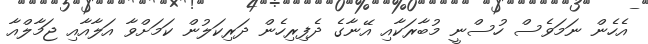
އެހެން ނަމަވެސް ހުސްނީ މުބާރަކާއި އޭނާގެ ދެފިރިހެން ދަރިކަލުން ކަމަށްވާ އަލާއާއި ޖަމާލްއާ